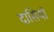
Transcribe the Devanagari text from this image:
दासियॉ